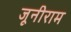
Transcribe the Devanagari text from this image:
जूनीराम